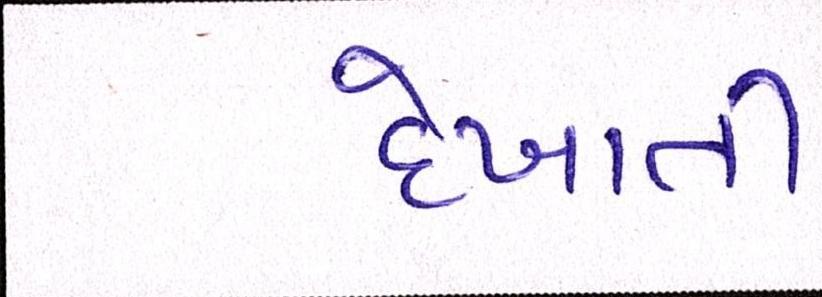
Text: દેખાતી